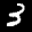
Label: 3